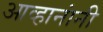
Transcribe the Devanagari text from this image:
आव्हानांनी